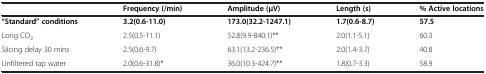
|  | Frequency (/min) | Amplitude (μV) | Length (s) | % Active locations |
 | --- | --- | --- | --- | --- |
 | “Standard” conditions | 3.2(0.6-11.0) | 173.0(32.2-1247.1) | 1.7(0.6-8.7) | 57.5 |
 | Long CO2 | 2.5(0.5-11.1) | 52.8(9.9-840.1)** | 2.0(1.1-5.1) | 60.3 |
 | Slicing delay 30 mins | 2.5(0.6-9.7) | 63.1(13.2-236.5)** | 2.0(1.4-3.7) | 40.8 |
 | Unfiltered tap water | 2.0(0.6-31.8)* | 36.0(10.3-424.7)** | 1.8(0.7-3.3) | 58.9 |